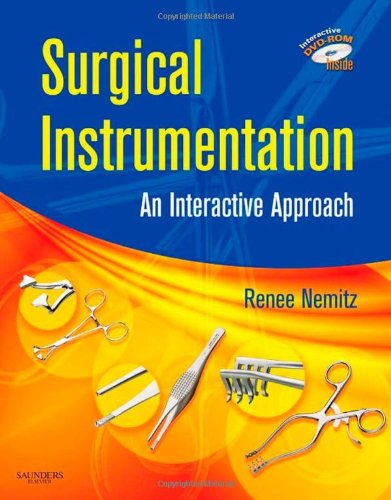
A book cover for Surgical Instrumentation: An Interactive Approach, 1e; Renee Nemitz CST  RN  AAS; Science & Math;